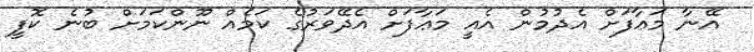
އޭނާ މަޢާފަށް އެދުމުން އެއީ މަޢާފަށް އެދޭވަރުގެ ކަމެއް ނޫންކަމަށް ބުނެ ކޮފީ